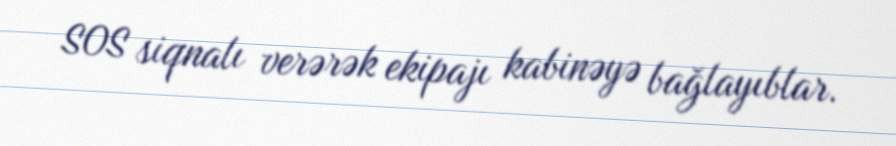
SOS siqnalı verərək ekipajı kabinəyə bağlayıblar.